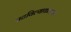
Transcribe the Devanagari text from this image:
नटविल्याकारणाने